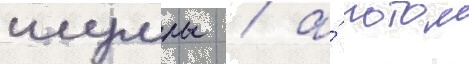
шумлы / а́ потом